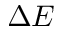
\Delta E